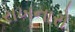
રાખનારો